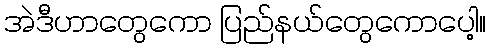
အဲဒီဟာတွေကော ပြည်နယ်တွေကောပေါ့။